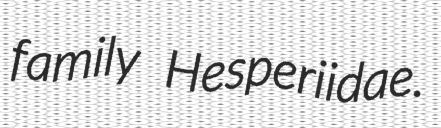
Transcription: family Hesperiidae.